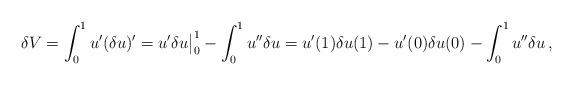
LaTeX: \begin{align*}\delta V=\int_0^1 u'(\delta u)'=u'\delta u\big|_0^1-\int_0^1u''\delta u=u'(1)\delta u(1)-u'(0)\delta u(0)-\int_0^1 u''\delta u\,,\end{align*}